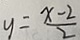
y = \frac { x - 2 } { 2 }